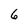
Character: 6